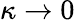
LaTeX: \kappa\to 0